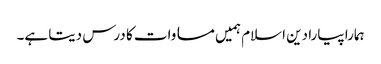
ہمارا پیارا دین اسلام ہمیں مساوات کا درس دیتا ہے۔